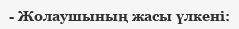
- Жолаушының жасы үлкені: